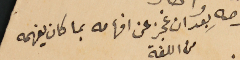
بعد ان عجز عن افهامه بما كان يفهمه من اللغة